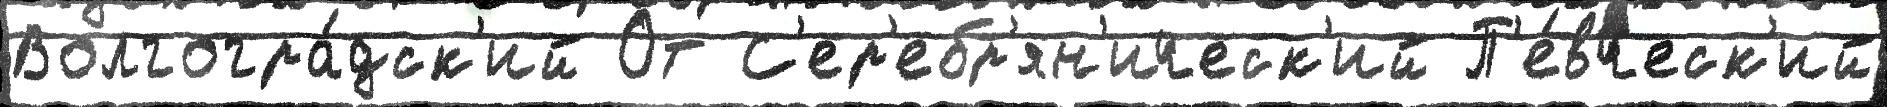
Волгогра́дск'ий От С'ер'ебр'ян'ическ'ий П'е́вческ'ий